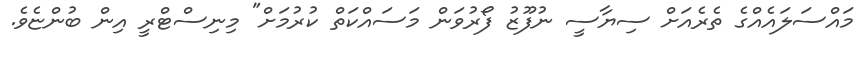
މައްސަލައެއްގެ ތެރެއަށް ސިޔާސީ ނުފޫޒު ފޯރުވަން މަސައްކަތް ކުރުމަށް" މިނިސްޓްރީ އިން ބުންޏެވެ.